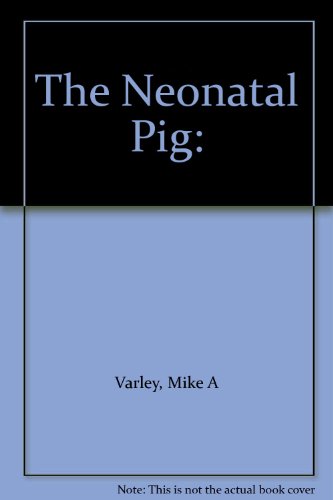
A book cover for The Neonatal Pig: Development and Survival; Mike A Varley; Medical Books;